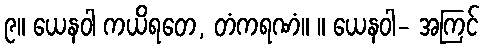
၉။ ယေနဝါ ကယိရတေ, တံကရဏံ။ ။ ယေနဝါ- အကြင်